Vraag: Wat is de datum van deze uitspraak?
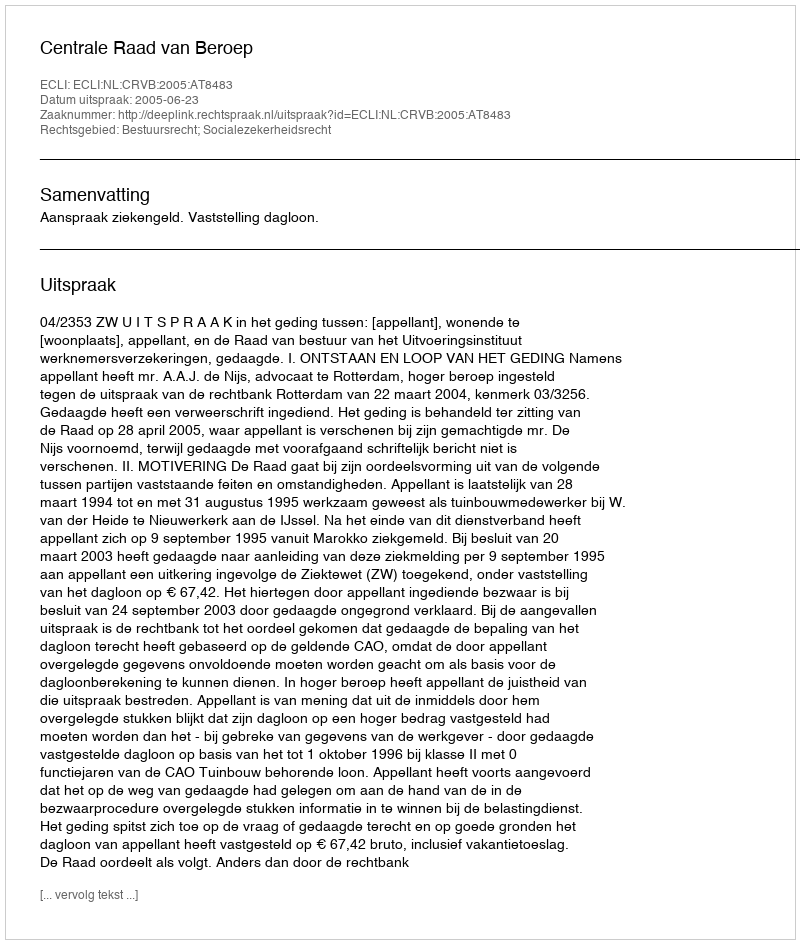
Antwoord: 2005-06-23